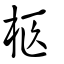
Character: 柩